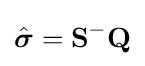
{\hat {\boldsymbol {\sigma }}}=\mathbf {S} ^{-}\mathbf {Q}